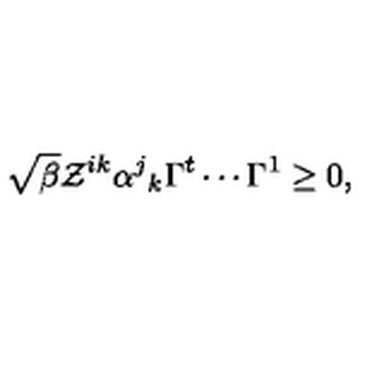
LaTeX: \sqrt { \beta } \mathcal { Z } ^ { i k } \alpha ^ { j } { } _ { k } \Gamma ^ { t } \cdots \Gamma ^ { 1 } \geq 0 ,